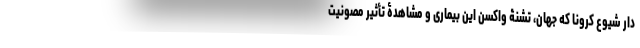
دار شیوع کرونا که جهان، تشنۀ واکسن این بیماری و مشاهدۀ تأثیر مصونیت